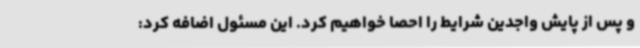
و پس از پایش واجدین شرایط را احصا خواهیم کرد. این مسئول اضافه کرد: